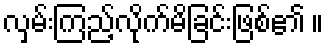
လှမ်းကြည့်လိုက်မိခြင်းဖြစ်၏ ။